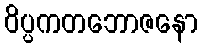
ဝိပ္ပကတဘောဇနော